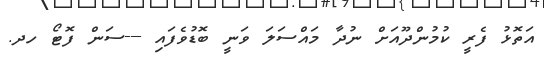
އަތޮޅު ފެރީ ކުމުންދޫއަށް ނުދާ މައްސަލަ ވަނީ ބޮޑުވެފައި ---ސަން ފޮޓޯ ހދ.